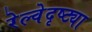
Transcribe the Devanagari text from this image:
रेल्वेदृष्ट्या